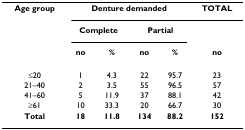
<table><thead><tr><td><b>Age group</b></td><td colspan="4"><b>Denture demanded</b></td><td><b>TOTAL</b></td></tr><tr><td></td><td colspan="2"><b>Complete</b></td><td colspan="2"><b>Partial</b></td><td></td></tr><tr><td></td><td><b>no</b></td><td><b>%</b></td><td><b>no</b></td><td><b>%</b></td><td><b>no</b></td></tr></thead><tbody><tr><td>≤20</td><td>1</td><td>4.3</td><td>22</td><td>95.7</td><td>23</td></tr><tr><td>21–40</td><td>2</td><td>3.5</td><td>55</td><td>96.5</td><td>57</td></tr><tr><td>41–60</td><td>5</td><td>11.9</td><td>37</td><td>88.1</td><td>42</td></tr><tr><td>≥61</td><td>10</td><td>33.3</td><td>20</td><td>66.7</td><td>30</td></tr><tr><td><b>Total</b></td><td><b>18</b></td><td><b>11.8</b></td><td><b>134</b></td><td><b>88.2</b></td><td><b>152</b></td></tr></tbody></table>